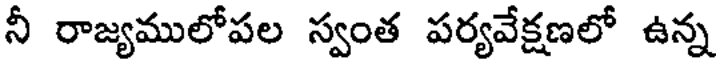
నీ రాజ్యములోపల స్వంత పర్యవేక్షణలో ఉన్న